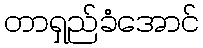
တာရှည်ခံအောင်